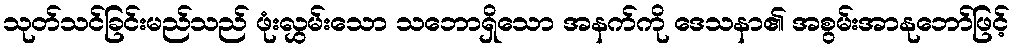
သုတ်သင်ခြင်းမည်သည် ဖုံးလွှမ်းသော သဘောရှိသော အနက်ကို ဒေသနာ၏ အစွမ်းအာနုဘော်ဖြင့်